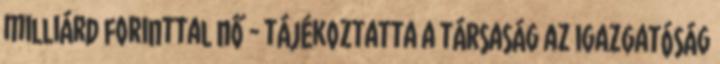
milliárd forinttal nő - tájékoztatta a társaság az igazgatóság